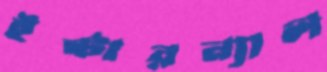
ইন্টারন্যাল